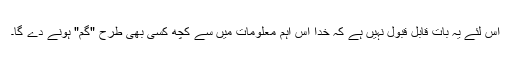
اِس لئے یہ بات قابلِ قبول نہیں ہے کہ خُدا اِس اہم معلومات میں سے کچھ کسی بھی طرح "گم" ہونے دے گا۔